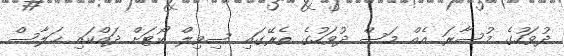
ދުވަހުގެ މުސާރަ އެއް މަސް ދުވަހުގެ ތެރޭގައި ސިވިލް ކޯޓަށް ދައްކައި ޚަލާސް